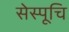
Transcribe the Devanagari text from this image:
सेस्पूचि